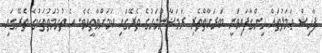
ފާހިޝް ޢަމަލުތައް ހިންގާފައިވަނީ ބަރަކާތްތެރި ރަމަޟާންމަހުގެ ތެރޭގައި ކަމަށްވާތީއެވެ. އެ ތުހުމަތުތަކުގެ ތެރޭގައި